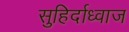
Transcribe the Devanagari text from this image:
सुहिर्दाध्वाज